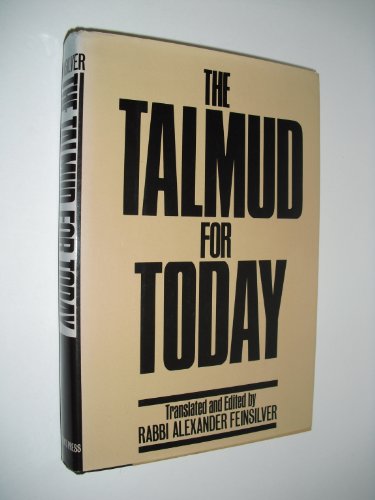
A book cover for The Talmud for Today; Rabbi Alexander Feinstein; Religion & Spirituality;